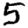
Digit: 5